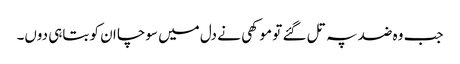
جب وہ ضد پہ تل گئے تو موکھی نے دل میں سوچا ان کو بتاہی دوں۔